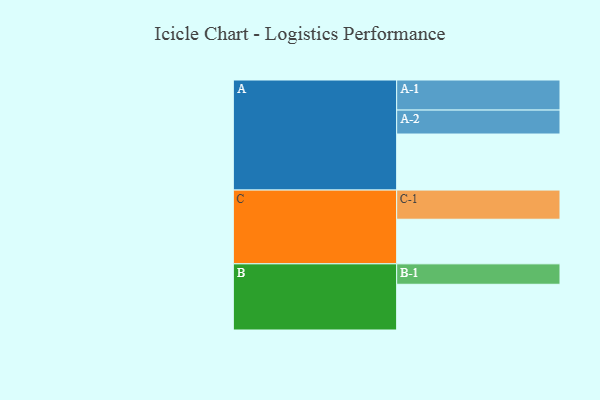
{"axis": {"x": "Segment", "y": "Value"}, "legend": ["", "A", "B", "C"], "data": [{"x": "A", "y": 494, "type": ""}, {"x": "B", "y": 403, "type": ""}, {"x": "C", "y": 393, "type": ""}, {"x": "A-1", "y": 265, "type": "A"}, {"x": "A-2", "y": 211, "type": "A"}, {"x": "B-1", "y": 180, "type": "B"}, {"x": "C-1", "y": 257, "type": "C"}]}